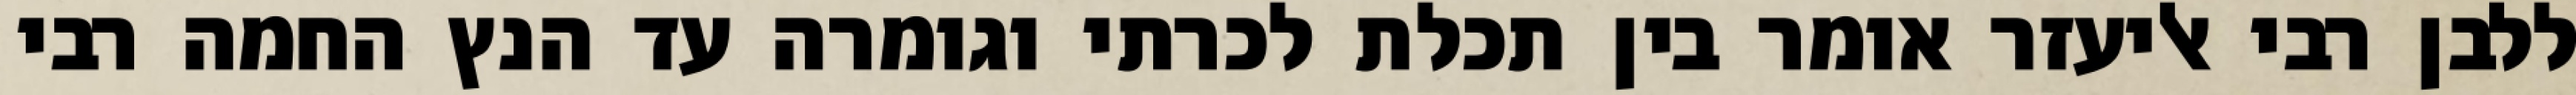
ללבן רבי אליעזר אומר בין תכלת לכרתי וגומרה עד הנץ החמה רבי